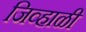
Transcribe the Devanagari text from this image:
जिव्हाळी